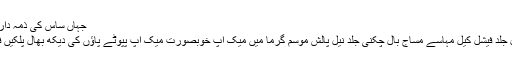
جہاں ساس کی ذمہ داریاں بھی بہت اہمیت رکھتی ہیں
ناک ناخن ہاتھوں کی دیکھ بھال جلد فیشل کیل مہاسے مساج بال چکنی جلد نیل پالش موسم گرما میں میک اپ خوبصورت میک اپ پپوٹے پاؤں کی دیکھ بھال پلکیں فیس ماسک مہندی ڈیزائن ہونٹ